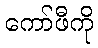
ကော်ဖီကို